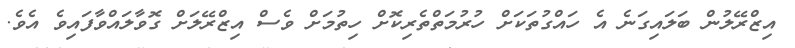
އިޒްރޭލުން ބަލައިގަނެ އެ ހައްގުތަކަށް ހުރުމަތްތެރިކޮށް ހިތުމަށް ވެސް އިޒްރޭލަށް ގޮވާލައްވާފައިވެ އެވެ.